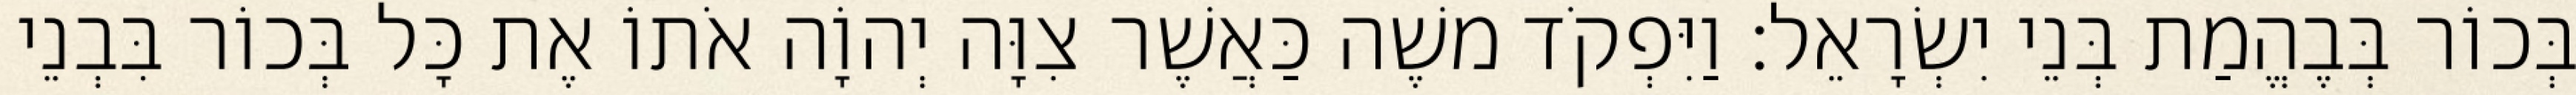
בְּכוֹר בְּבֶהֱמַת בְּנֵי יִשְׂרָאֵל׃ וַיִּפְקֹד משֶׁה כַּאֲשֶׁר צִוָּה יְהוָֹה אֹתוֹ אֶת כָּל בְּכוֹר בִּבְנֵי